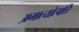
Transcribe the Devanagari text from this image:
अमात्योत्पत्ति